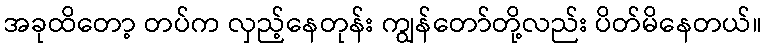
အခုထိတော့ တပ်က လှည့်နေတုန်း ကျွန်တော်တို့လည်း ပိတ်မိနေတယ်။